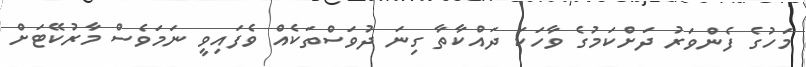
މަހުގެ ފެންވަރު ދަށްކަމުގެ ވާހަކަ ދައްކާތާ ގިނަ ދުވަސްތަކެއް ވެފައިވީ ނަމަވެސް މާރުކޭޓަށް